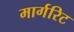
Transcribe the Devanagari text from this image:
मार्गरिट